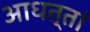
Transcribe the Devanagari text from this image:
आधत्तां